Report of the Indian Hemp Drugs Commission, 1894-1895 - Volume IV
Year: 1894
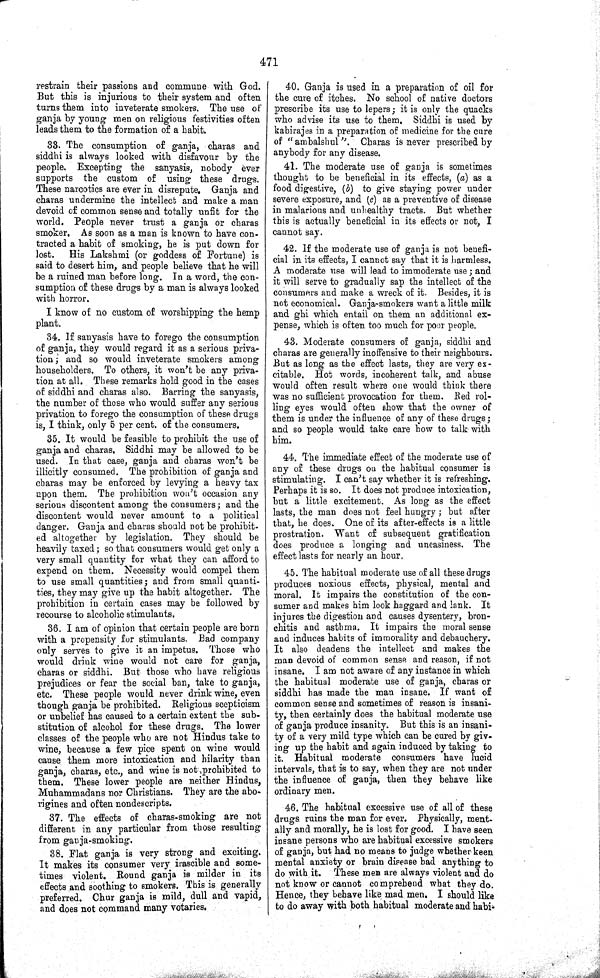
471
restrain their passions and commune with God.
But this is injurious to their system and often
turns them into inveterate smokers. The use of
ganja by young men on religious festivities often
leads them to the formation of a habit.
33. The consumption of ganja, charas and
siddhi is always looked with disfavour by the
people. Excepting the sanyasis, nobody ever
supports the custom of using these drugs.
These narcotics are ever in disrepute. Ganja and
charas undermine the intellect and make a man
devoid of common sense and totally unfit for the
world. People never trust a ganja or charas
smoker. As soon as a man is known to have con-
tracted a habit of smoking, he is put down for
lost.
His Lakshmi (or goddess of Fortune) is
said to desert him, and people believe that he will
be a ruined man before long. In a word, the con-
sumption of these drugs by a man is always looked
with horror.
I know of no custom of worshipping the hemp
plant.
34. If sanyasis have to forego the consumption
of ganja, they would regard it as a serious priva-
tion; and so would inveterate smokers among
householders. To others, it won't be any priva-
tion at all. These remarks hold good in the cases
of siddhi and charas also. Barring the sanyasis,
the number of those who would suffer any serious
privation to forego the consumption of these drugs
is, I think, only 5 per cent. of the consumers.
35. It would be feasible to prohibit the use of
ganja and charas. Siddhi may be allowed to be
used. In that case, ganja and charas won't be
illicitly consumed. The prohibition of ganja and
charas may be enforced by levying a heavy tax
upon them. The prohibition won't occasion any
serious discontent among the consumers; and the
discontent would never amount to a political
danger. Ganja and charas should not be prohibit-
ed altogether by legislation. They should be
heavily taxed; so that consumers would get only a
very small quantity for what they can afford to
expend on them. Necessity would compel them
to use small quantities; and from small quanti-
ties, they may give up the habit altogether.
The
prohibition in certain cases may be followed by
recourse to alcoholic stimulants.
36. I am of opinion that certain people are born
with a propensity for stimulants. Bad company
only serves to give it an impetus. Those who
would drink wine would not care for ganja,
charas or siddhi. But those who have religious
prejudices or fear the social ban, take to ganja,
etc. These people would never drink wine, even
though ganja be prohibited. Religious scepticism
or unbelief has caused to a certain extent the sub-
stitution of alcohol for these drugs. The lower
classes of the people who are not Hindus take to
wine, because a few pice spent on wine would
cause them more intoxication and hilarity than
ganja, charas, etc., and wine is not prohibited to
them. These lower people are neither Hindus,
Muhammadans nor Christians. They are the abo-
rigines and often nondescripts.
37. The effects of charas-smoking are not
different in any particular from those resulting
from ganja-smoking.
38. Flat ganja is very strong and exciting.
It makes its consumer very irascible and some-
times violent. Round ganja is milder in its
effects and soothing to smokers. This is generally
preferred. Chur ganja is mild, dull and vapid,
and does not command many votaries.
40. Ganja is used in a preparation of oil for
the cure of itches. No school of native doctors
prescribe its use to lepers; it is only the quacks
who advise its use to them. Siddhi is used by
kabirajes in a preparation of medicine for the cure
of "ambalshul". Charas is never prescribed by
anybody for any disease.
41. The moderate use of ganja is sometimes
thought to be beneficial in its effects, (a) as a
food digestive, (b) to give staying power under
severe exposure, and (c) as a preventive of disease
in malarious and unhealthy tracts. But whether
this is actually beneficial in its effects or not, I
cannot say.
42. If the moderate use of ganja is not benefi-
cial in its effects, I cannot say that it is harmless.
A moderate use will lead to immoderate use; and
it will serve to gradually sap the intellect of the
consumers and make a wreck of it. Besides, it is
not economical. Ganja-smokers want a little milk
and ghi which entail on them an additional ex-
pense, which is often too much for poor people.
43. Moderate consumers of ganja, siddhi and
charas are generally inoffensive to their neighbours.
But as long as the effect lasts, they are very ex-
citable. Hot words, incoherent talk, and abuse
would often result where one would think there
was no sufficient provocation for them. Bed rol-
ling eyes would often show that the owner of
them is under the influence of any of these drugs;
and so people would take care how to talk with
him.
44. The immediate effect of the moderate use of
any of these drugs on the habitual consumer is
stimulating. I can't say whether it is refreshing.
Perhaps it is so. It does not produce intoxication,
but a little excitement. As long as the effect
lasts, the man does not feel hungry; but after
that, he does. One of its after-effects is a little
prostration. Want of subsequent gratification
does produce a longing and uneasiness. The
effect lasts for nearly an hour.
45. The habitual moderate use of all these drugs
produces noxious effects, physical, mental and
moral. It impairs the constitution of the con-
sumer and makes him look haggard and lank.
It
injures the digestion and causes dysentery, bron-
chitis and asthma. It impairs the moral sense
and induces habits of immorality and debauchery.
It also deadens the intellect and makes the
man devoid of common sense and reason, if not
insane. I am not aware of any instance in which
the habitual moderate use of ganja, charas or
siddhi has made the man insane. If want of
common sense and sometimes of reason is insani-
ty, then certainly does the habitual moderate use
of ganja produce insanity. But this is an insani-
ty of a very mild type which can be cured by giv-
ing up the habit and again induced by taking to
it. Habitual moderate consumers have lucid
intervals, that is to say, when they are not under
the influence of ganja, then they behave like
ordinary men.
46. The habitual excessive use of all of these
drugs ruins the man for ever. Physically, ment-
ally and morally, he is lost for good. I have seen
insane persons who are habitual excessive smokers
of ganja, but had no means to judge whether keen
mental anxiety or brain disease had anything to
do with it.
These men are always violent and do
not know or cannot comprehend what they do.
Hence, they behave like mad men. I should like
to do away with both habitual moderate and habi-